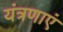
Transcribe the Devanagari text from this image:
यंत्रणाएं